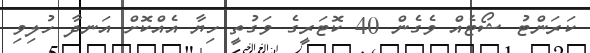
ކަރަންޓު ޝޯޓެއް ވެގެން 40 ކޮޓަރީގެ ވަގުތީ ހިޔާ އެއްކޮށް އަނދާ ހުލިވި